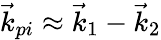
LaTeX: \vec{k}_{pi}\approx\vec{k}_{1}-\vec{k}_{2}